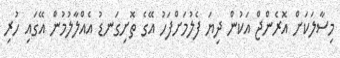
މިސާލަކަށް އޮރެންޖް އަކުން ދިޔަ ފެލުމަށްފަހު އޭގެ ތޮށިގަނޑު އެއްލާލުމުން އޭގައި ހުރި